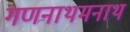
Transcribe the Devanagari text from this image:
गणनाथमनाथ